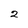
Character: 2